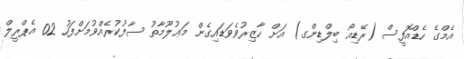
އެމްގެ ހެޑްއޮފީސް (ރޭޑިއޯ ބިލްޑިންގ) އަށް ހާޒިރުވެވަޑައިގެން މަޢުލޫމާތު ސާފުކުރެއްވުމަށްފަހު 02 އެޕްރީލް